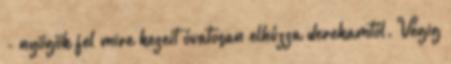
- nyögök fel mire kezeit óvatosan elhúzza derekamtól. Végig